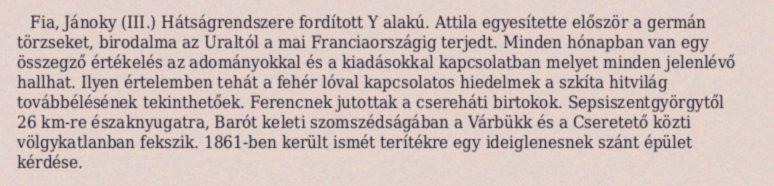
Fia, Jánoky (III.) Hátságrendszere fordított Y alakú. Attila egyesítette először a germán törzseket, birodalma az Uraltól a mai Franciaországig terjedt. Minden hónapban van egy összegző értékelés az adományokkal és a kiadásokkal kapcsolatban melyet minden jelenlévő hallhat. Ilyen értelemben tehát a fehér lóval kapcsolatos hiedelmek a szkíta hitvilág továbbélésének tekinthetőek. Ferencnek jutottak a csereháti birtokok. Sepsiszentgyörgytől 26 km-re északnyugatra, Barót keleti szomszédságában a Várbükk és a Cseretető közti völgykatlanban fekszik. 1861-ben került ismét terítékre egy ideiglenesnek szánt épület kérdése.